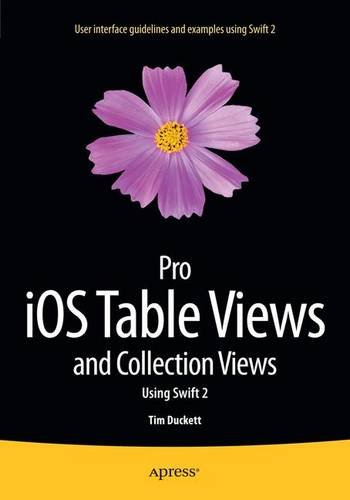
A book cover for Pro iOS Table Views and Collection Views: Using Swift 2; Tim Duckett; Computers & Technology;